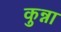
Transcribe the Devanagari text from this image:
कुन्ना